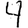
Digit: 4